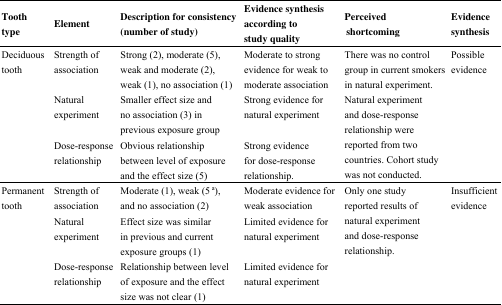
<table><thead><tr><td><b>Tooth type</b></td><td><b>Element</b></td><td><b>Description for consistency (number of study)</b></td><td><b>Evidence synthesis according to study quality</b></td><td><b>Perceived shortcoming</b></td><td><b>Evidence synthesis</b></td></tr></thead><tbody><tr><td rowspan="3">Deciduous tooth</td><td>Strength of association</td><td>Strong (2), moderate (5), weak and moderate (2), weak (1), no association (1)</td><td>Moderate to strong evidence for weak to moderate association</td><td>There was no control group in current smokers in natural experiment.</td><td>Possible evidence</td></tr><tr><td>Natural experiment</td><td>Smaller effect size and no association (3) in previous exposure group</td><td>Strong evidence for natural experiment</td><td rowspan="2">Natural experiment and dose-response relationship were reported from two countries. Cohort study was not conducted.</td><td>[EMPTY_CELL]</td></tr><tr><td>Dose-response relationship</td><td>Obvious relationship between level of exposure and the effect size (5)</td><td>Strong evidence for dose-response relationship.</td><td>[EMPTY_CELL]</td></tr><tr><td rowspan="3">Permanent tooth</td><td>Strength of association</td><td>Moderate (1), weak (5 <sup>a</sup>), and no association (2)</td><td>Moderate evidence for weak association</td><td rowspan="2">Only one study reported results of natural experiment and dose-response relationship.</td><td>Insufficient evidence</td></tr><tr><td>Natural experiment</td><td>Effect size was similar in previous and current exposure groups (1)</td><td>Limited evidence for natural experiment</td><td>[EMPTY_CELL]</td></tr><tr><td>Dose-response relationship</td><td>Relationship between level of exposure and the effect size was not clear (1)</td><td>Limited evidence for natural experiment</td><td>[EMPTY_CELL]</td><td>[EMPTY_CELL]</td></tr></tbody></table>